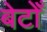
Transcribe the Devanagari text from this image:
बेटोँ